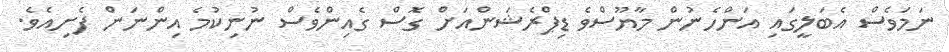
ނަމަވެސް އެބަލީގައި އަންހެނުން މާޔޫސްވެ ޑިޕްރެޝަންއަށް ގޮސް ގެއިންވެސް ނުނިކުމެ އިންނަން ފެށިއެވެ.